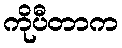
ကိုပီတာက